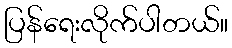
ပြန်ရေးလိုက်ပါတယ်။